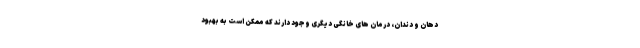
دهان و دندان، درمان های خانگی دیگری وجود دارند که ممکن است به بهبود